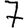
Digit: 7